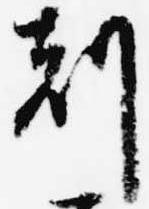
刻